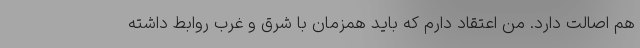
هم اصالت دارد. من اعتقاد دارم که باید همزمان با شرق و غرب روابط داشته